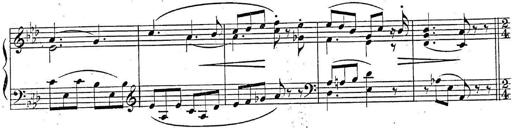
Title: 2 Sonatinas, Op.8
Composer: Hermann Goetz